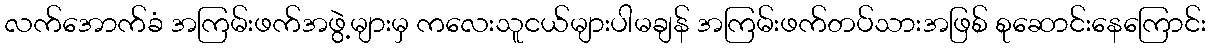
လက်အောက်ခံ အကြမ်းဖက်အဖွဲ့များမှ ကလေးသူငယ်များပါမချန် အကြမ်းဖက်တပ်သားအဖြစ် စုဆောင်းနေကြောင်း